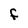
Character: F